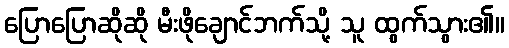
ပြောပြောဆိုဆို မီးဖိုချောင်ဘက်သို့ သူ ထွက်သွား၏။